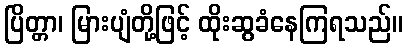
ပြိတ္တာ၊ မြားပျံတို့ဖြင့် ထိုးဆွခံနေကြရသည်။